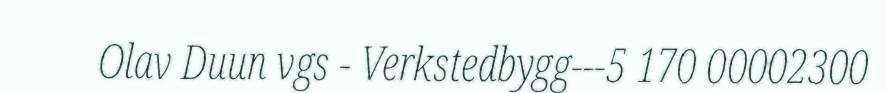
Olav Duun vgs - Verkstedbygg---5 170 00002300